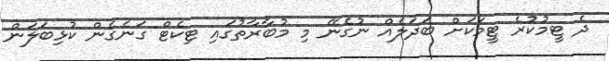
ދެ ޓީމުކުރެ ޓީމަކަށް ބަދަލެއް ނުގެނޭ މި މުބާރާތުގައި ޓިކެޓް ގަނެގެން ކުޅިބަލަން